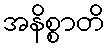
အနိစ္စာတိ